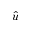
\hat { u }